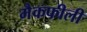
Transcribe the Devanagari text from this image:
मैकफीली